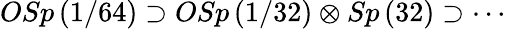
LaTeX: OSp\left(1/64\right)\supset OSp\left(1/32\right)\otimes Sp\left(32\right)\supset\cdots